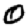
Digit: 0